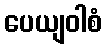
ပေယျဝါစံ